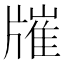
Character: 𤗯